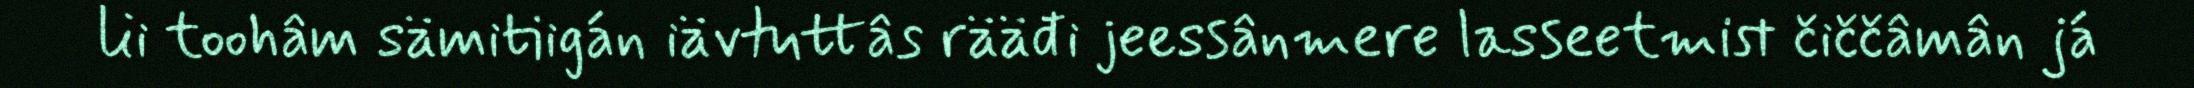
lii toohâm sämitiigán iävtuttâs rääđi jeessânmere lasseetmist čiččâmân já